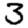
Digit: 3